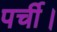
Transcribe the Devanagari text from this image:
पर्ची।